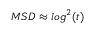
M S D \approx l o g ^ { 2 } ( t )